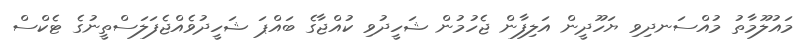
މައުލޫމާތު މުއްސަނދިވި ޔަހޫދީން އަލިފާން ޖެހުމުން ޝަހީދުވި ކުއްޖާގެ ބައްޕަ ޝަހީދުވެއްޖެފަލަސްތީނުގެ ޓެކްސް